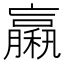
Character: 𥢵